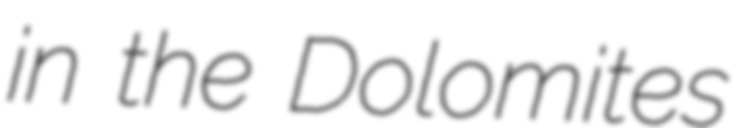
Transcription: in the Dolomites